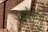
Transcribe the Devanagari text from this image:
योजन्